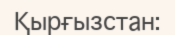
Қырғызстан: